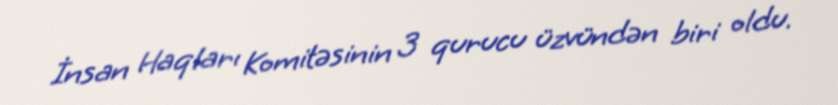
İnsan Haqları Komitəsinin 3 qurucu üzvündən biri oldu.